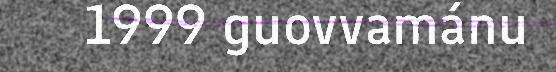
1999 guovvamánu